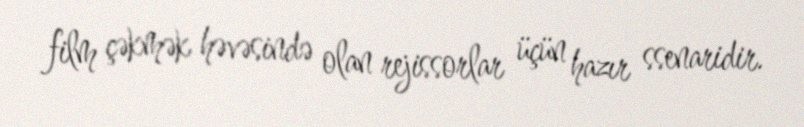
film çəkmək həvəsində olan rejissorlar üçün hazır ssenaridir.